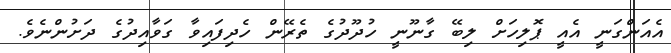
އެއަންގަނީ އެއީ ޕޮލިހަށް ލިބޭ ގާނޫނީ ހުދޫދުގެ ތެރޭން ހެދިފައިވާ ގަވާއިދުގެ ދަށުންނެވެ.